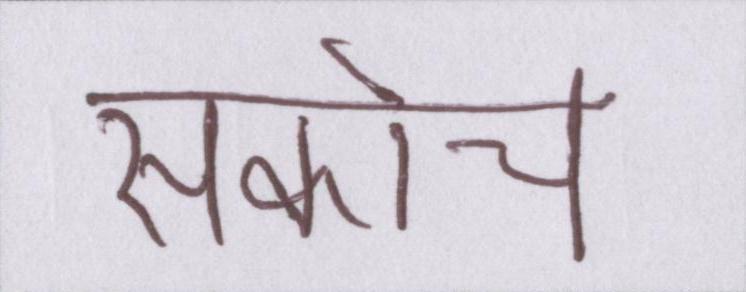
संकोच